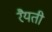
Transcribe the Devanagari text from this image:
रैयती